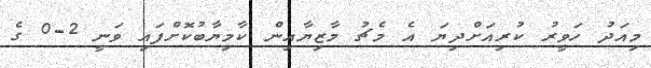
މިއަދު ހަވީރު ކުރިއަށްދިޔަ އެ މެޗު މާޒިޔާއިން ކާމިޔާބުކޮށްފައި ވަނީ 2-0 ގެ